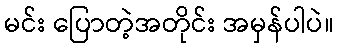
မင်း ပြောတဲ့အတိုင်း အမှန်ပါပဲ။